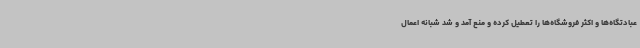
عبادتگاه‌ها و اکثر فروشگاه‌ها را تعطیل کرده و منع آمد و شد شبانه اعمال